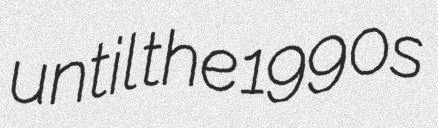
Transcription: until the 1990s